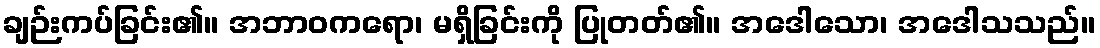
ချဉ်းကပ်ခြင်း၏။ အဘာဝကရော၊ မရှိခြင်းကို ပြုတတ်၏။ အဒေါသော၊ အဒေါသသည်။